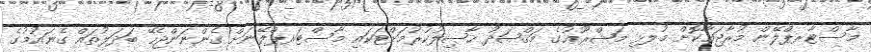
މާސްޓާރޕްލޭން މުރާޖަޢާކޮށް މުލޅި މަޝްރޫޢުގެ މަޤްޞަދު ޙާޞިލުކުރުމަށްޓަކައި މާސްޓަރޕްލޭނަށް ގެންނަންޖެހޭ ބަދަލުތައް ގެނައުމުގެ